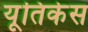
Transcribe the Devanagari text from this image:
यूतिकेस